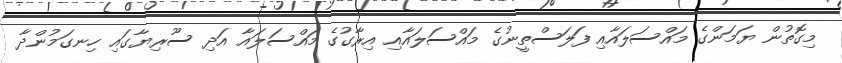
މިގޮތުން ޔަމަންގެ މައްސަލައާއި ފަލަސްތީނުގެ މައްސަލައާއި އިރާގުގެ މައްސަލައާ އަދި ސޫރިޔާގައި ހިނގަމުންދާ